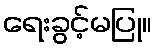
ရေးခွင့်မပြု။